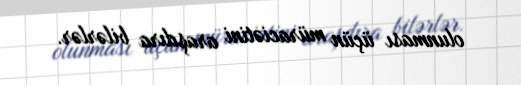
olunması üçün müraciətini araşdıra bilərlər.